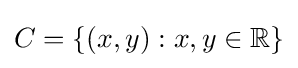
C=\{(x,y):x,y\in \mathbb {R} \}